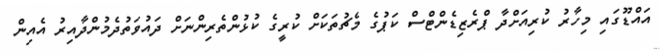
އައްޑޫގައި މިހާރު ކުރިއަށްދާ ޕްރެޒިޑެންޓްސް ކަޕުގެ މެޗުތަކަށް ކުރީގެ ކުޅުންތެރިންނަށް ދައުވަތުދެމުންދާއިރު އެއިން